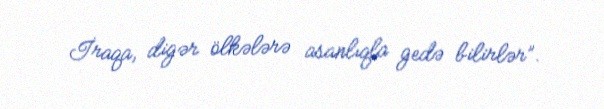
İraqa, digər ölkələrə asanlıqla gedə bilirlər”.